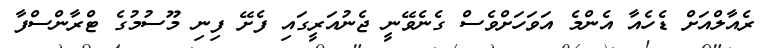
ރެއާލްއަށް ޑެހެއާ އެންމެ އަވަހަށްވެސް ގެނެވޭނީ ޖެނުއަރީގައި ފެށޭ ފިނި މޫސުމުގެ ޓްރާންސްފާ